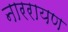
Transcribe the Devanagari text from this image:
नाररायण